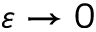
\varepsilon \to 0